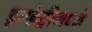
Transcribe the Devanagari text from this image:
इन्फंट्रीमध्ये